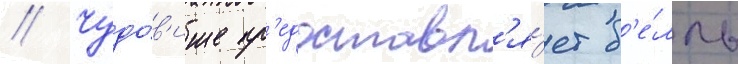
// Чудо́в'ище пр'едоставл'я́ет б'е́лль